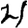
Digit: 4